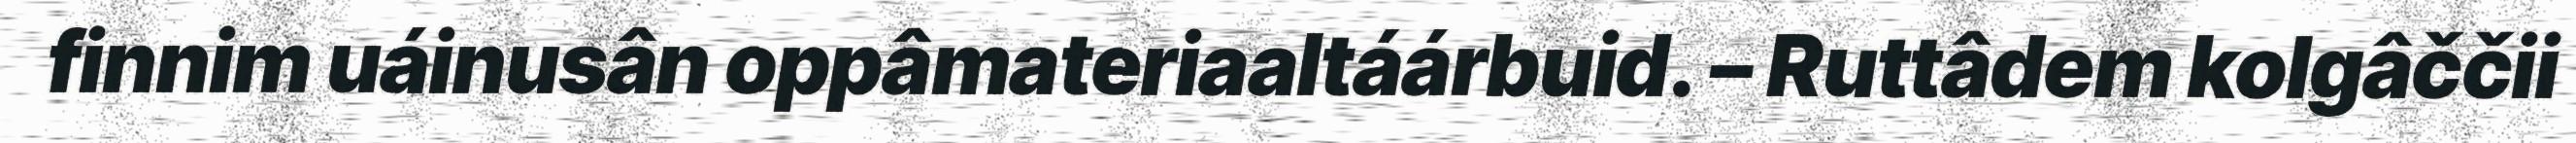
finnim uáinusân oppâmateriaaltáárbuid. – Ruttâdem kolgâččii